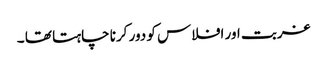
غربت اور افلاس کو دور کرنا چاہتا تھا ۔